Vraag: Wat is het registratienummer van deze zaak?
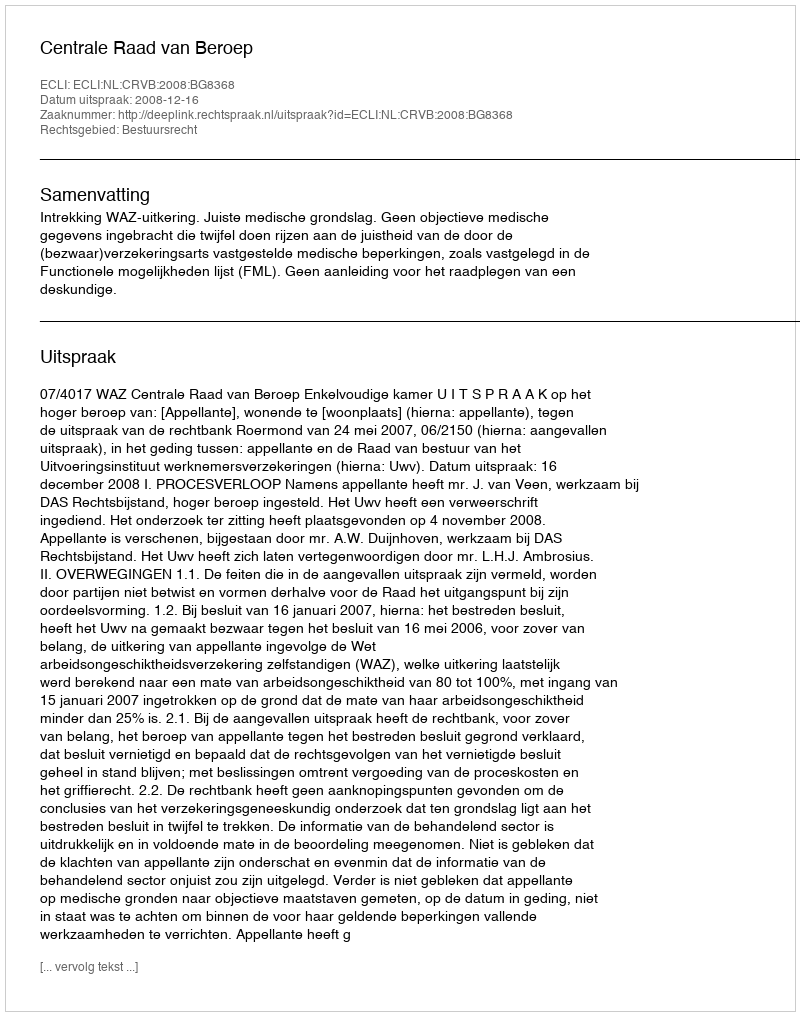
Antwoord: http://deeplink.rechtspraak.nl/uitspraak?id=ECLI:NL:CRVB:2008:BG8368